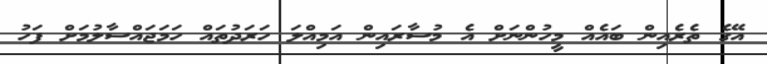
އޭގެ ތެރެއިން ބައެއް މީހުންނަށް އެ މުސާރައިން އަމިއްލަ ހަރަދުތައް ހަމަޖައްސާލުމަށް ފަހު